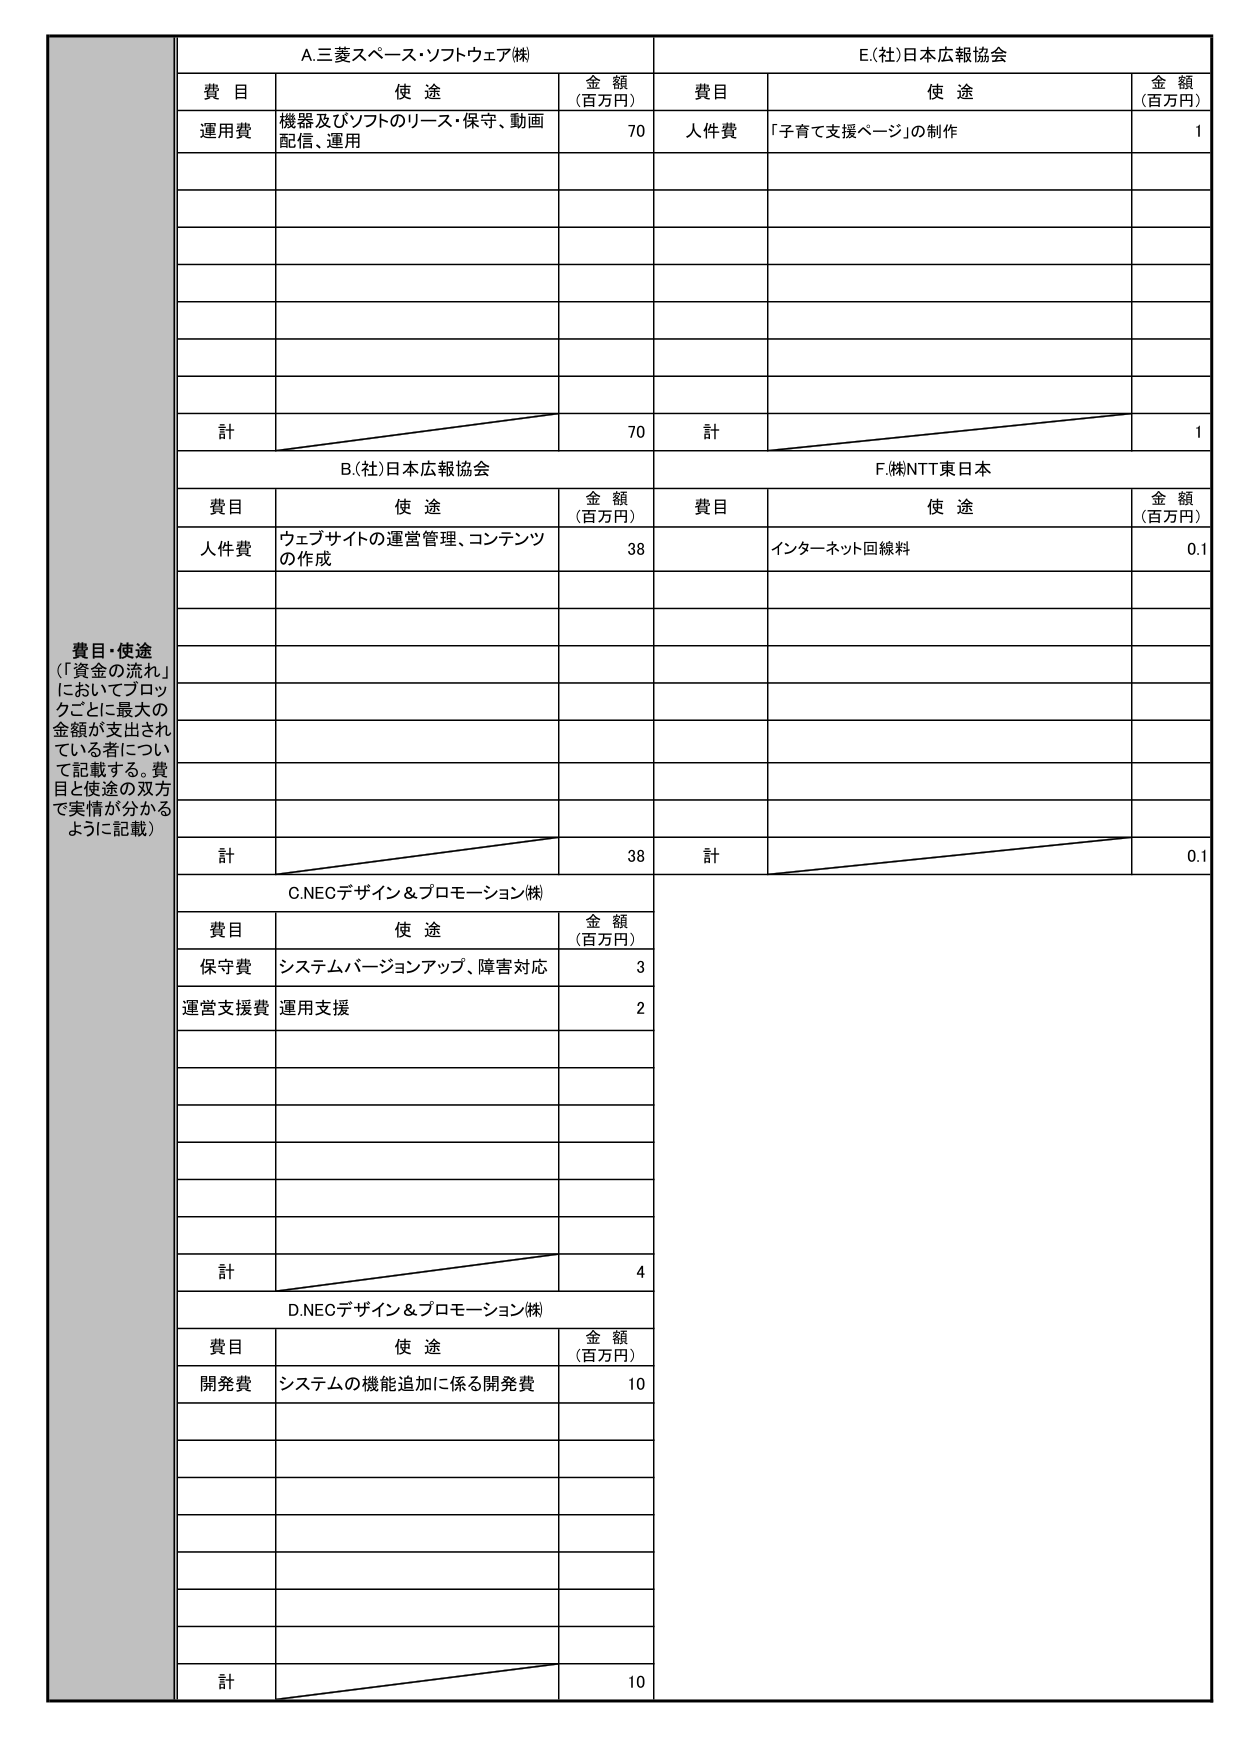
費目・使途
（「資金の流れ」
においてブロッ
クごとに最大の
金額が支出され
ている者につい
て記載する。費
目と使途の双方
で実情が分かる
ように記載）

A.三菱スペース・ソフトウェア㈱
費目 使途 金額（百万円）
運用費 機器及びソフトのリース・保守、動画配信、運用 70
計 70

B.(社)日本広報協会
費目 使途 金額（百万円）
人件費 ウェブサイトの運営管理、コンテンツの作成 38
計 38

C.NECデザイン＆プロモーション㈱
費目 使途 金額（百万円）
保守費 システムバージョンアップ、障害対応 3
運営支援費 運用支援 2
計 4

D.NECデザイン＆プロモーション㈱
費目 使途 金額（百万円）
開発費 システムの機能追加に係る開発費 10
計 10

E.(社)日本広報協会
費目 使途 金額（百万円）
人件費 「子育て支援ページ」の制作 1
計 1

F.㈱NTT東日本
費目 使途 金額（百万円）
インターネット回線料 0.1
計 0.1